Senior Leaving Certificate Examination (including Day School Certificate (Higher) General paper), 1946
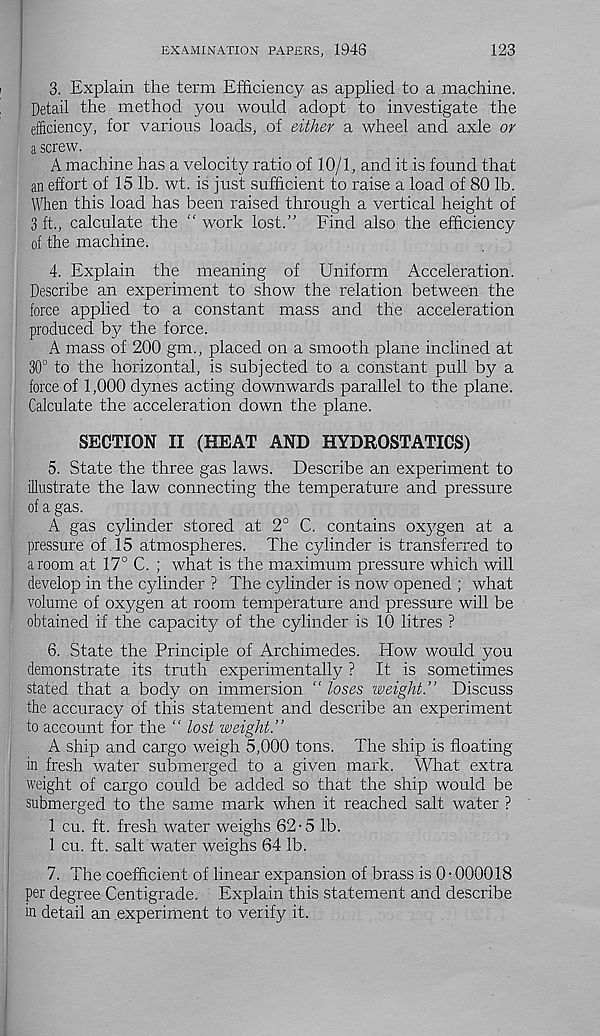
EXAMINATION PAPERS, 1946
123
3. Explain the term Efficiency as applied to a machine.
Detail the method you would adopt to investigate the
efficiency, for various loads, of either a wheel and axle or
a screw.
A machine has a velocity ratio of 10/1, and it is found that
an effort of 15 lb. wt. is just sufficient to raise a load of 80 lb.
When this load has been raised through a vertical height of
3 ft., calculate the “ work lost.” Find also the efficiency
of the machine.
4. Explain the meaning of Uniform Acceleration.
Describe an experiment to show the relation between the
force applied to a constant mass and the acceleration
produced by the force.
A mass of 200 gm., placed on a smooth plane inclined at
30° to the horizontal, is subjected to a constant pull by a
force of 1,000 dynes acting downwards parallel to the plane.
Calculate the acceleration down the plane.
SECTION II (HEAT AND HYDROSTATICS)
5. State the three gas laws. Describe an experiment to
illustrate the law connecting the temperature and pressure
of a gas.
A gas cylinder stored at 2° C. contains oxygen at a
pressure of . 15 atmospheres. The cylinder is transferred to
a room at 17° C. ; what is the maximum pressure which will
develop in the cylinder ? The cylinder is now opened ; what
volume of oxygen at room temperature and pressure will be
obtained if the capacity of the cylinder is 10 litres ?
6. State the Principle of Archimedes. How would you
demonstrate its truth experimentally ? It is sometimes
stated that a body on immersion “ loses weight.” Discuss
the accuracy of this statement and describe an experiment
to account for the “ lost weight.”
A ship and cargo weigh 5,000 tons. The ship is floating
in fresh water submerged to a given mark. What extra
weight of cargo could be added so that the ship would be
submerged to the same mark when it reached salt water ?
1 cu. ft. fresh water weighs 62-5 lb.
1 cu. ft. salt water weighs 64 lb.
7. The coefficient of linear expansion of brass is 0-000018
per degree Centigrade. Explain this statement and describe
in detail an experiment to verify it.